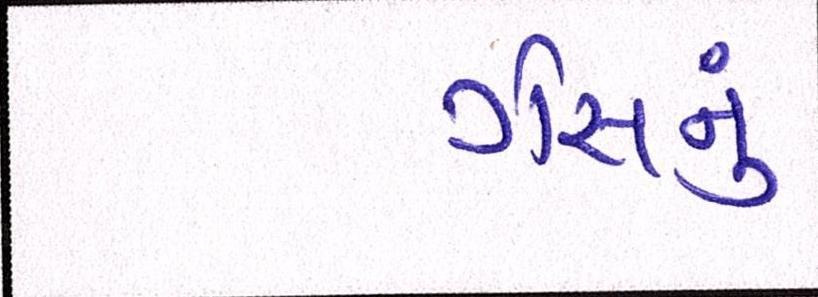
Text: ગેસનું